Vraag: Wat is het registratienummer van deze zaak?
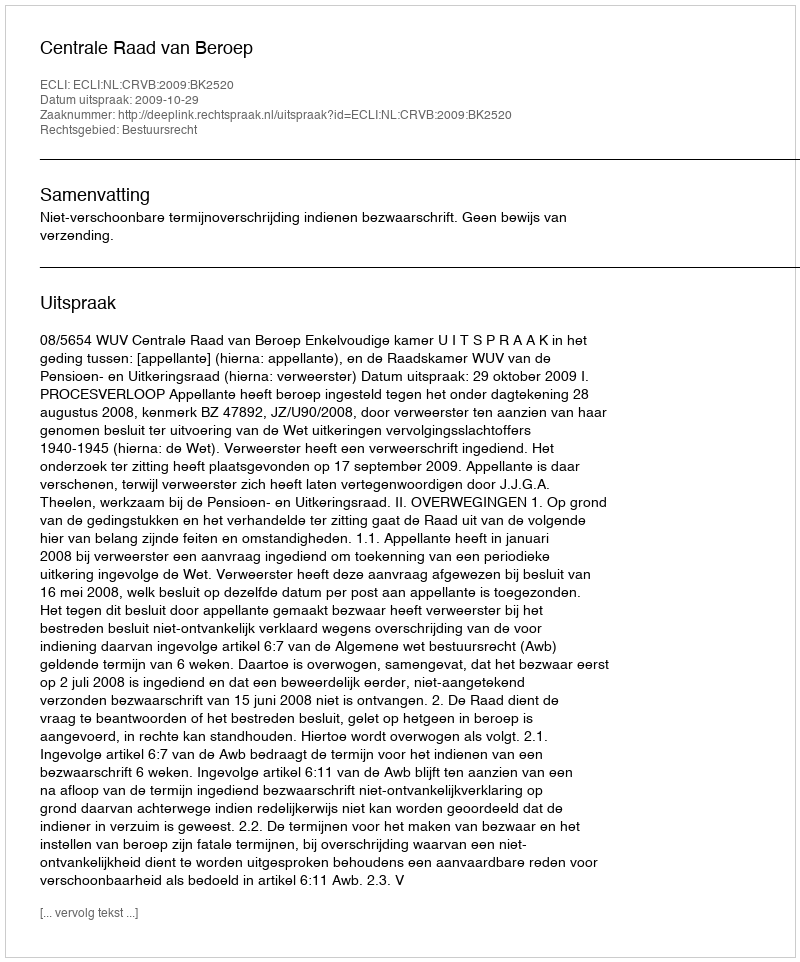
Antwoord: http://deeplink.rechtspraak.nl/uitspraak?id=ECLI:NL:CRVB:2009:BK2520